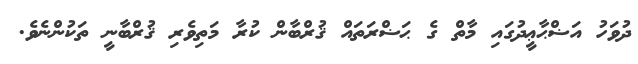
ދުވަހު އަޟްޙާޢީދުގައި މާތް ގެ ޙަޟްރަތައް ޤުރްބާން ކުރާ މަތިވެރި ޤުރްބާނީ ތަކުންނެވެ.